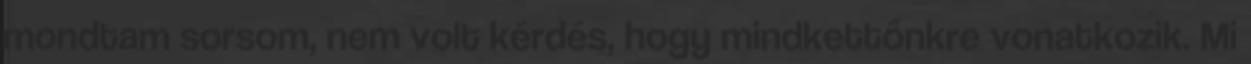
mondtam sorsom, nem volt kérdés, hogy mindkettőnkre vonatkozik. Mi